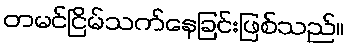
တမင်ငြိမ်သက်နေခြင်းဖြစ်သည်။